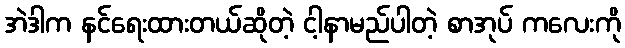
အဲဒါက နင်ရေးထားတယ်ဆိုတဲ့ ငါ့နာမည်ပါတဲ့ စာအုပ် ကလေးကို